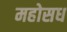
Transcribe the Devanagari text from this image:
महोसध